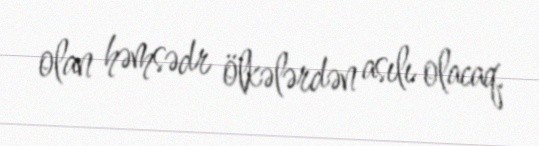
olan həmsədr ölkələrdən asılı olacaq.